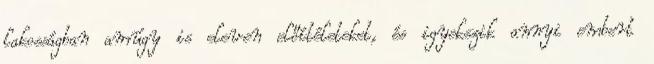
lakosságban amúgy is eleven előítéleteket, és igyekszik annyi embert